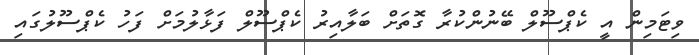
ވިޓަމިން އީ ކެޕްސޫލް ބޭނުންކުރާ ގޮތަށް ބަލާއިރު ކެޕްސޫލް ފަޅާލުމަށް ފަހު ކެޕްސޫލުގައި